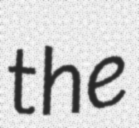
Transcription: the